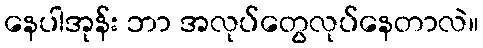
နေပါအုန်း ဘာ အလုပ်တွေလုပ်နေတာလဲ။